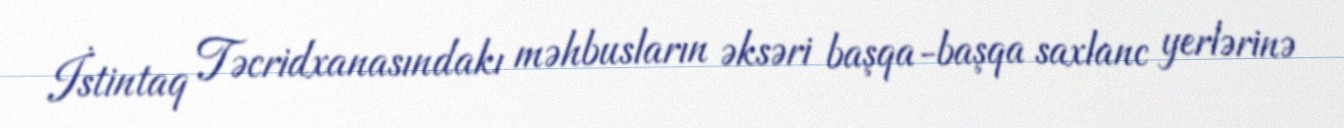
İstintaq Təcridxanasındakı məhbusların əksəri başqa-başqa saxlanc yerlərinə